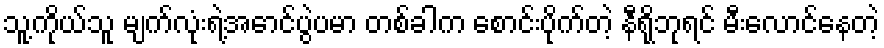
သူ့ကိုယ်သူ မျက်လုံးရဲ့အောင်ပွဲပမာ တစ်ခါက စောင်းပိုက်တဲ့ နီရိုဘုရင် မီးလောင်နေတဲ့